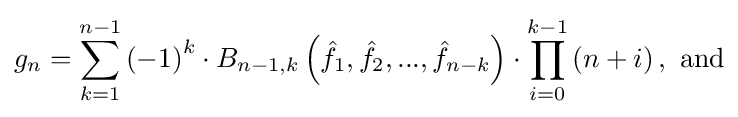
g_{n}=\sum _{k=1}^{n-1}\left(-1\right)^{k}\cdot B_{n-1,k}\left({\hat {f}}_{1},{\hat {f}}_{2},...,{\hat {f}}_{n-k}\right)\cdot \prod _{i=0}^{k-1}\left(n+i\right),{\text{ and}}